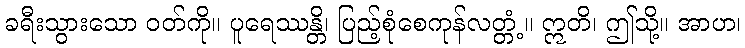
ခရီးသွားသော ဝတ်ကို။ ပူရေဿန္တိ၊ ပြည့်စုံစေကုန်လတ္တံ့။ ဣတိ၊ ဤသို့။ အာဟ၊